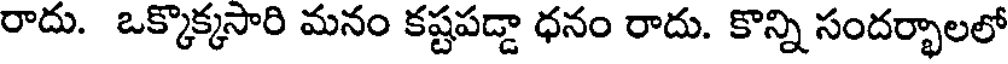
రాదు. ఒక్కొక్కసారి మనం కష్టపడ్డా ధనం రాదు. కొన్ని సందర్భాలలో